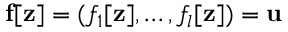
\mathbf { f } [ \mathbf { z } ] = ( f _ { 1 } [ \mathbf { z } ] , \dots , f _ { l } [ \mathbf { z } ] ) = \mathbf { u }